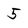
Character: 5